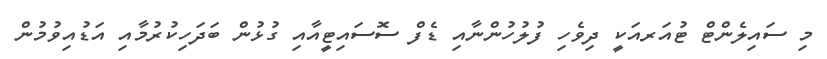
މި ސައިލެންޓް ޓުއަރއަކީ ދިވެހި ފުލުހުންނާއި ޑެފް ސޮސައިޓީއާއި ގުޅުން ބަދަހިކުރުމާއި އަޑުއިވުމުން